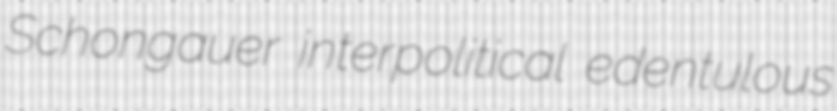
Schongauer interpolitical edentulous